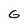
Character: G